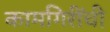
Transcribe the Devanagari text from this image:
कामगिरींची